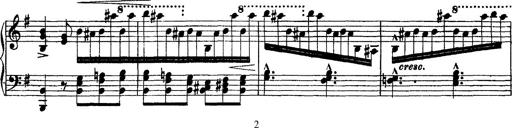
Title: Morceau de Salon
Composer: Josef Adalbert Pacher
Key: D-flat major